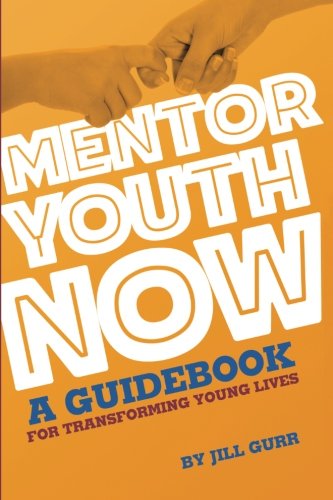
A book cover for Mentor Youth Now - A Guidebook for Transforming Young Lives; Ms. Jill Gurr; Business & Money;